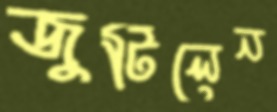
জুটিলেন